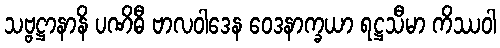
သဗ္ဗဋ္ဌာနာနိ ပဏိဓီ ဗာလဝါဒေန ဝေဒနာက္ခယာ ရဋ္ဌသီမာ ကိဿဝါ